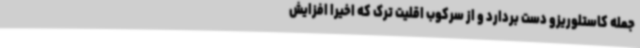
جمله کاستلوریزو دست بردارد و از سرکوب اقلیت ترک که اخیراً افزایش